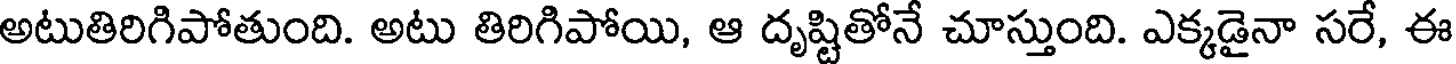
అటుతిరిగిపోతుంది. అటు తిరిగిపోయి, ఆ దృష్టితోనే చూస్తుంది. ఎక్కడైనా సరే, ఈ